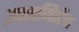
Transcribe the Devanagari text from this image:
उपसमितीचा